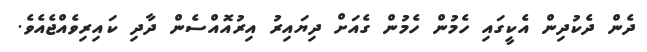
ދެން ދެކުދިން އެކީގައި ހެމުން ހެމުން ގެއަށް ދިޔައިރު އިރުއޮއްސެން ދާދި ކައިރިވެއްޖެއެވެ.